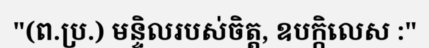
"(ព.ប្រ.) មន្ទិលរបស់ចិត្ត, ឧបក្កិលេស :"